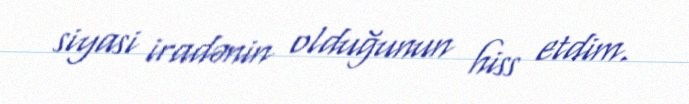
siyasi iradənin olduğunun hiss etdim.